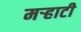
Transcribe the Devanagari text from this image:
मर्‍हाटी